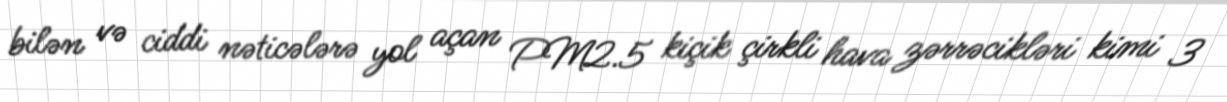
bilən və ciddi nəticələrə yol açan PM2.5 kiçik çirkli hava zərrəcikləri kimi 3